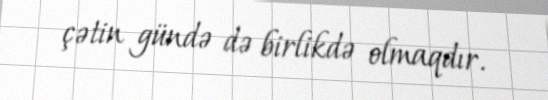
çətin gündə də birlikdə olmaqdır.